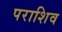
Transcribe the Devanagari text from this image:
पराशिव